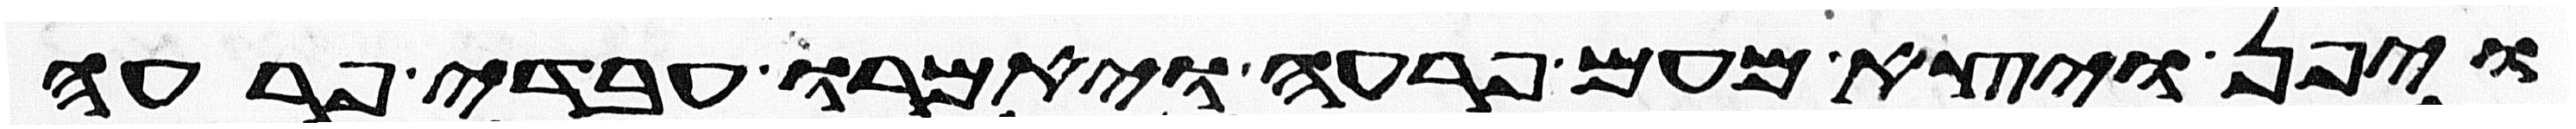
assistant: ויפן ויצא מעם פרעה ויאמרו עבדי פרעה